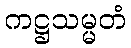
ကဋ္ဌသမ္မတံ